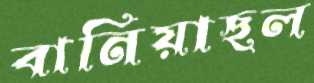
বানিয়াছল